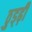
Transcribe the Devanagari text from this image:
ठुड्ढ़ी